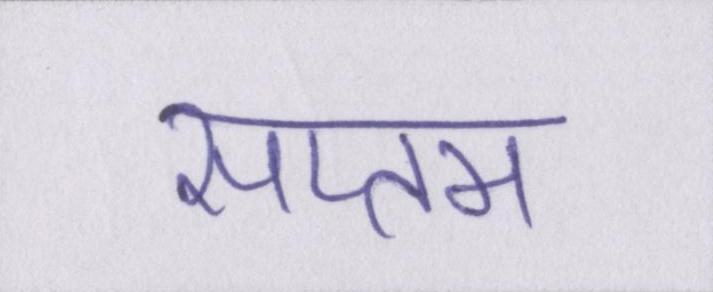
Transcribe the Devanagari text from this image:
सप्तम